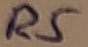
Text: R5